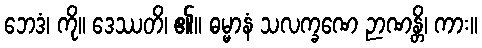
ဘေဒံ၊ ကို။ ဒေဿတိ၊ ၏။ ဓမ္မာနံ သလက္ခဏေ ဉာဏန္တိ၊ ကား။